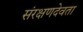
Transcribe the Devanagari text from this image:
संरक्षणदेवता